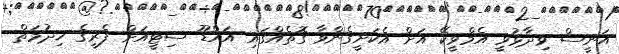
އަނީސް ވިދާޅުވީ އެމްވީކޭ އަށް އެކަށީގެންވާ ގޮތެއްގައި އައްޑޫ ސިޓީއަށް ފެރީގެ ޚިދުމަތް